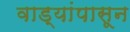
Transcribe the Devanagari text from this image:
वाड्यांपासून